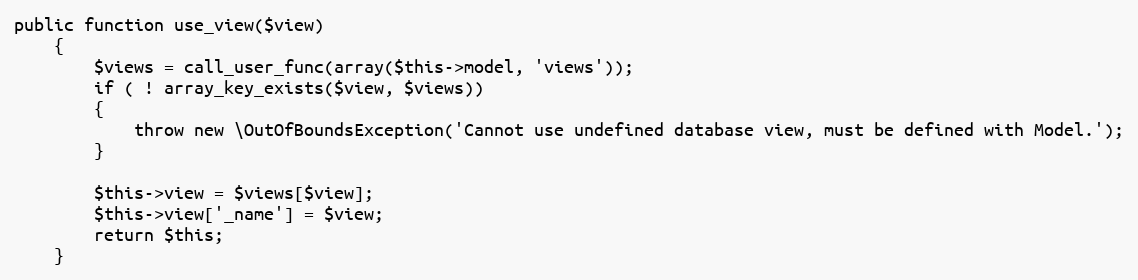
Language: PHP
public function use_view($view)
	{
		$views = call_user_func(array($this->model, 'views'));
		if ( ! array_key_exists($view, $views))
		{
			throw new \OutOfBoundsException('Cannot use undefined database view, must be defined with Model.');
		}

		$this->view = $views[$view];
		$this->view['_name'] = $view;
		return $this;
	}